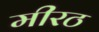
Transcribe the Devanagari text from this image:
मीरठ